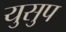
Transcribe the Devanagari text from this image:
युसुप